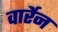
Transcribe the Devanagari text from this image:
वार्रेन